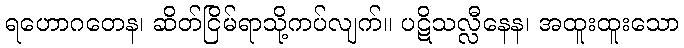
ရဟောဂတေန၊ ဆိတ်ငြိမ်ရာသို့ကပ်လျက်။ ပဋိသလ္လီနေန၊ အထူးထူးသော